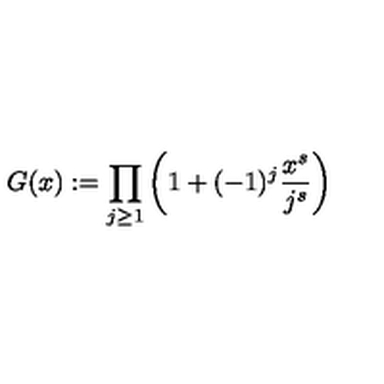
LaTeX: G ( x ) : = \prod _ { j \ge 1 } \bigg ( 1 + ( - 1 ) ^ { j } \frac { x ^ { s } } { j ^ { s } } \bigg )